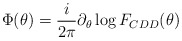
\begin{align*}\Phi(\theta)={i\over2\pi}\partial_\theta \log F_{CDD}(\theta)\end{align*}